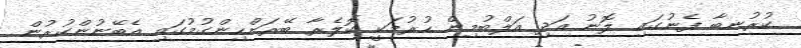
ކުރުނބާ ފެނުގައި ލޮނު އަދި އަލްބުމިން ހުރުމަކީ ކޮލެރާ ބޭރަށްހިންގުމުގައި އެބޭނުންކުރުން